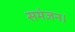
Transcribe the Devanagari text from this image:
समंजन।